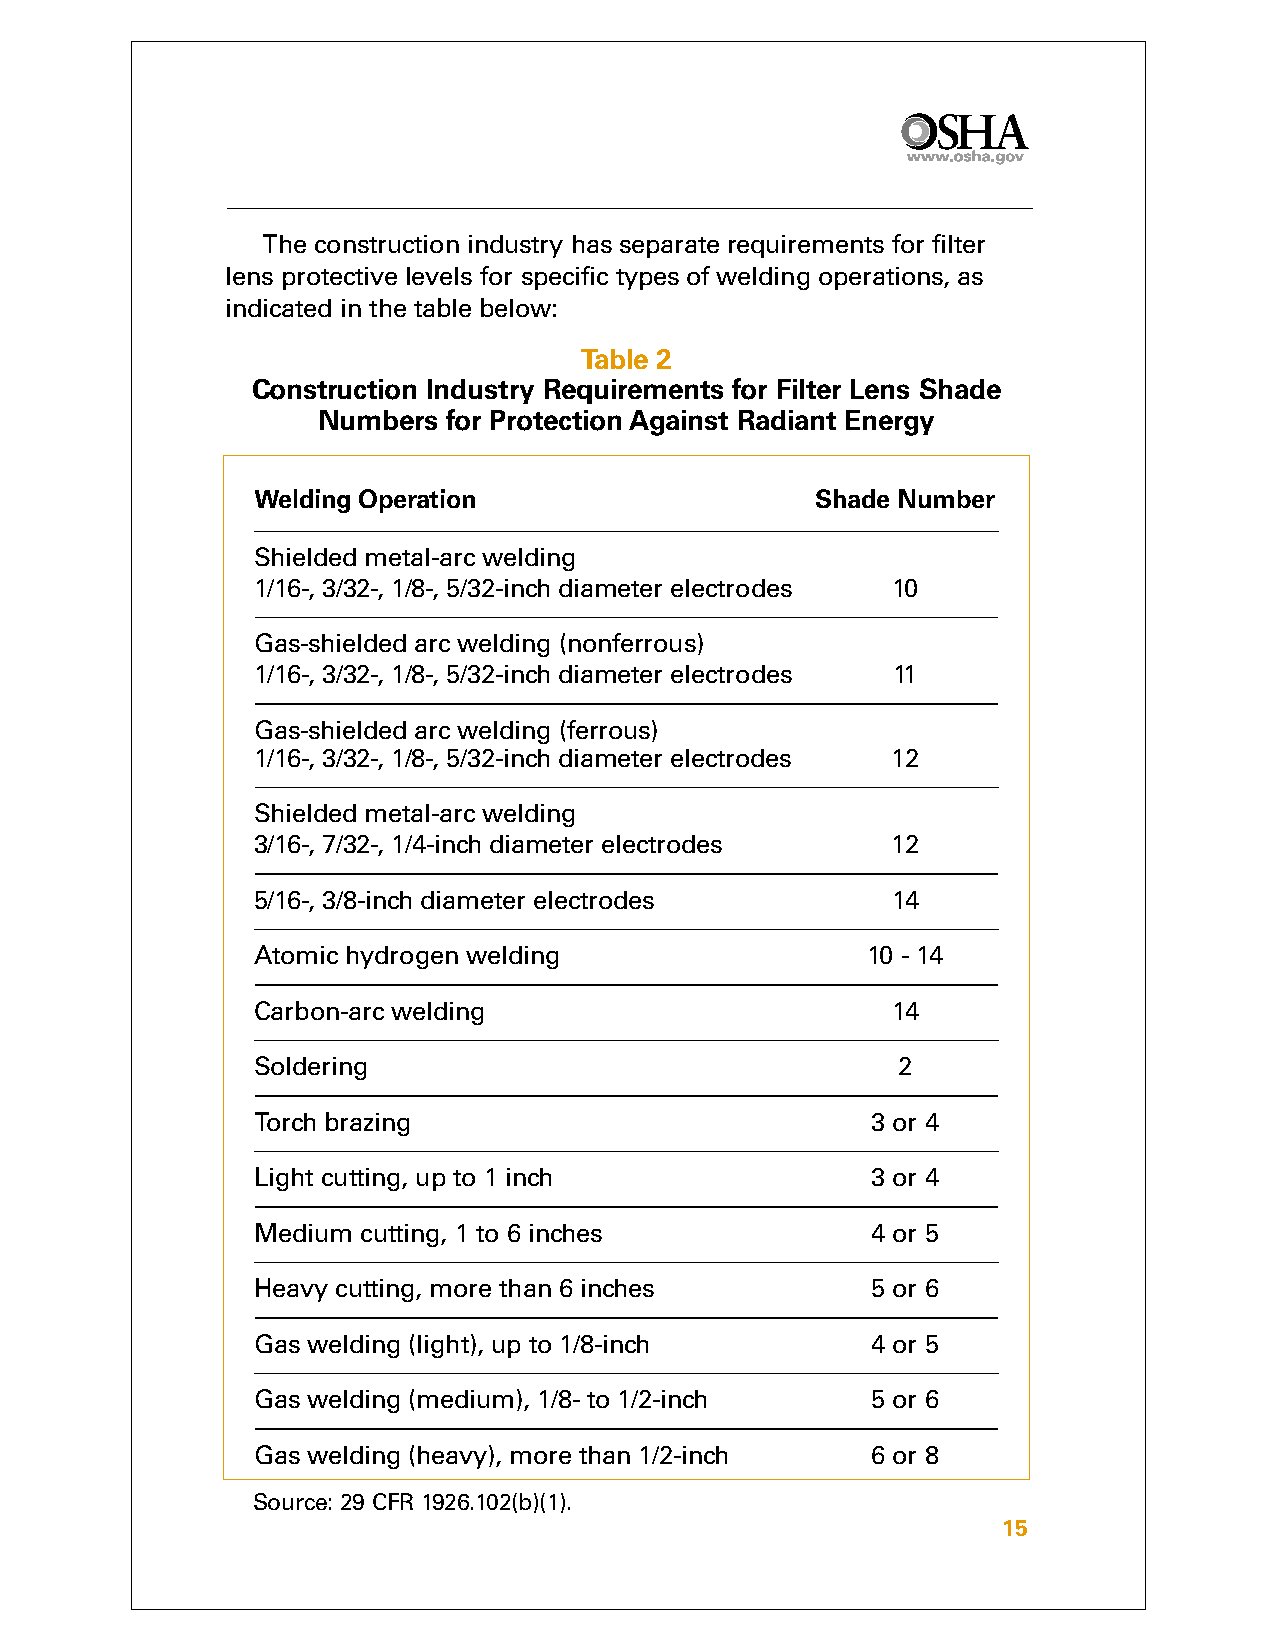
The construction industry has separate requirements for filter
 lens protective levels for specific types of welding operations, as
 indicated in the table below:
 Table 2
 Construction Industry Requirements for Filter Lens Shade
 Numbers  for Protection Against Radiant Energy
 Welding Operation                    Shade Number
 Shielded metal-arc welding
 1/16-, 3/32-, 1/8-, 5/32-inch diameter electrodes 10
 Gas-shielded arc welding (nonferrous)
 1/16-, 3/32-, 1/8-, 5/32-inch diameter electrodes 11
 Gas-shielded arc welding (ferrous)
 1/16-, 3/32-, 1/8-, 5/32-inch diameter electrodes 12
 Shielded metal-arc welding
 3/16-, 7/32-, 1/4-inch diameter electrodes 12
 5/16-, 3/8-inch diameter electrodes       14
 Atomic hydrogen welding                 10 - 14
 Carbon-arc welding                        14
 Soldering                                 2
 Torch brazing                            3 or 4
 Light cutting, up to 1 inch              3 or 4
 Medium cutting, 1 to 6 inches            4 or 5
 Heavy cutting, more than 6 inches        5 or 6
 Gas welding (light), up to 1/8-inch      4 or 5
 Gas welding (medium), 1/8- to 1/2-inch   5 or 6
 Gas welding (heavy), more than 1/2-inch  6 or 8
 Source: 29 CFR 1926.102(b)(1).
 15